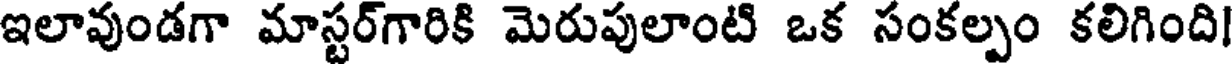
ఇలావుండగా మాస్టర్గారికి మెరుపులాంటి ఒక సంకల్పం కలిగింది